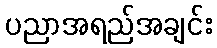
ပညာအရည်အချင်း